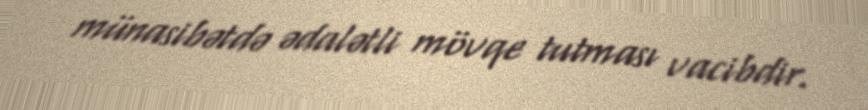
münasibətdə ədalətli mövqe tutması vacibdir.